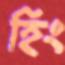
হিং